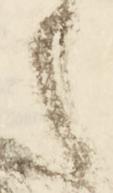
た